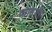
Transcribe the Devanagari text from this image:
व्यासजीए